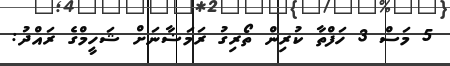
5 މަސް 3 ހަފްތާ ކުރިން ތޯރިގު ރަމަޟާނަށް ޝަހީމްގެ ރައްދު: